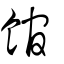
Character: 舘